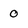
Character: 0